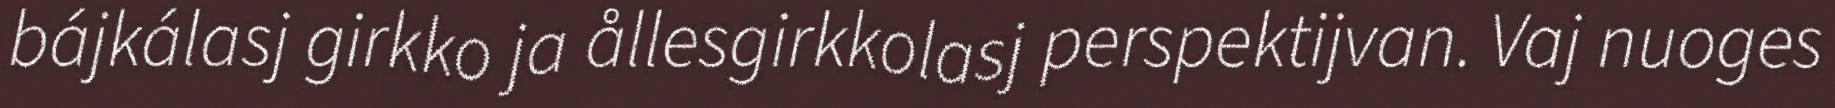
bájkálasj girkko ja ållesgirkkolasj perspektijvan. Vaj nuoges